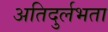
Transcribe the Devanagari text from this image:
अतिदुर्लभता